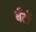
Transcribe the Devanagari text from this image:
बँटों